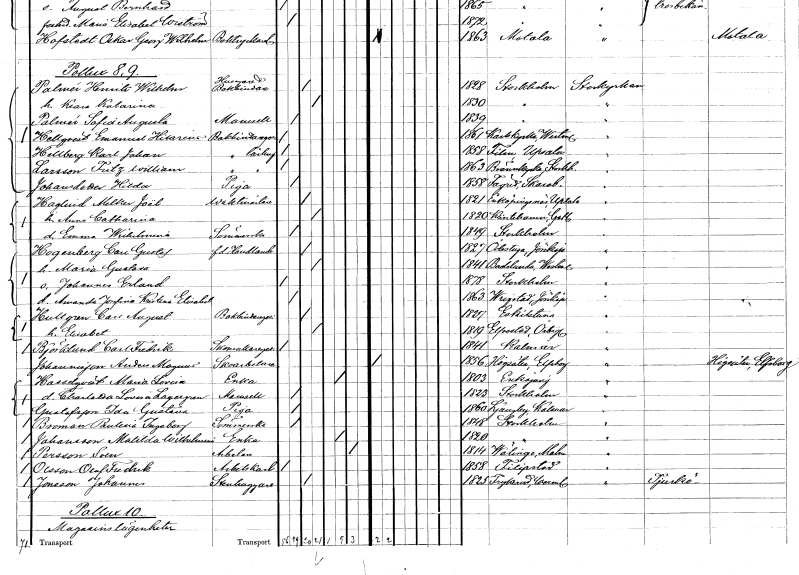
gt_parse: households: individuals: FN: Emanuel Hilarius
EN: Hellqvist
YRKE: Bokbindaregesäll
KON: M
CIV: O
FODAR: 1861
FODFORS: Karlskyrka Västmanlands län
FN: Karl Johan
EN: Hellberg
YRKE: Bokbindarelärling
KON: M
CIV: O
FODAR: 1858
FODFORS: Film Uppsala län
FN: Fritz William
EN: Larsson
YRKE: Bokbindarelärling
KON: M
CIV: O
FODAR: 1863
FODFORS: Brännkyrka Stockholms län
FN: Hilda
EN: Johansdotter
YRKE: Piga
KON: K
CIV: O
FODAR: 1858
FODFORS: Fägre Skaraborgs län
FN: Melker Joël
EN: Haglind
YRKE: Vaktmästare
KON: M
CIV: G
FODAR: 1821
FODFORS: Enköpings-Näs Uppsala län
FN: Anna Catharina
KON: K
CIV: G
FODAR: 1820
FODFORS: Klinte Gotlands län
FN: Emma Wilhelmina
KON: K
CIV: O
FODAR: 1849
FODFORS: Stockholm
FN: Carl Gustaf
EN: Hogenberg
YRKE: Handlande f.d.
KON: M
CIV: G
FODAR: 1827
FODFORS: Ödestugu Jönköpings län
FN: Maria Gustava
KON: K
CIV: G
FODAR: 1841
FODFORS: Badelunda Västmanlands län
FN: Johannes Erland
KON: M
CIV: O
FODAR: 1878
FODFORS: Stockholm
FN: Amanda Josefina Kristina Elisabet
KON: K
CIV: O
FODAR: 1863
FODFORS: Vrigstad Jönköpings län
FN: Carl August
EN: Hultgren
YRKE: Bokbindaregesäll
KON: M
CIV: G
FODAR: 1827
FODFORS: Eskilstuna Södermanlands län
FN: Elisabet
KON: K
CIV: G
FODAR: 1819
FODFORS: Älvestad Östergötlands län
FN: Carl Fredrik
EN: Björklund
YRKE: Skomakaregesäll
KON: M
CIV: O
FODAR: 1841
FODFORS: Kalmar Kalmar län
FN: Anders Magnus
EN: Johannisson
YRKE: Skoarbetare
KON: M
CIV: O
FODAR: 1856
FODFORS: Högsäter Älvsborgs län
FN: Maria Lovisa
EN: Hasselqvist
YRKE: Änka
KON: K
CIV: E
FODAR: 1803
FODFORS: Enköping Uppsala län
FN: Charlotta Lovisa
EN: Lagergren
KON: K
CIV: O
FODAR: 1823
FODFORS: Stockholm
FN: Ida Gustava
EN: Gustafsson
YRKE: Piga
KON: K
CIV: O
FODAR: 1860
FODFORS: Ljungby Kalmar län
FN: Paulina Ingeborg
EN: Broman
YRKE: Sömmerska
KON: K
CIV: O
FODAR: 1848
FODFORS: Stockholm
FN: Matilda Wilhelmina
EN: Johansson
YRKE: Änka
KON: K
CIV: E
FODAR: 1820
FODFORS: Stockholm
FN: Sven
EN: Persson
YRKE: Arbetare
KON: M
CIV: X
FODAR: 1814
FODFORS: Välinge Malmöhus län
FN: Olof Fredrik
EN: Olsson
YRKE: Arbetskarl
KON: M
CIV: O
FODAR: 1858
FODFORS: Filipstad Värmlands län
FN: Johannes
EN: Jonsson
YRKE: Stenhuggare
KON: M
CIV: G
FODAR: 1825
FODFORS: Fryksände Värmlands län